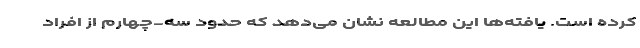
کرده است. یافته‌ها این مطالعه نشان می‌دهد که حدود سه-چهارم از افراد